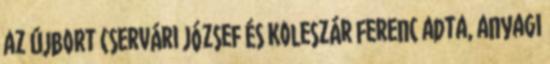
az újbort Cservári József és Koleszár Ferenc adta, anyagi